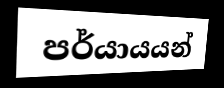
පර්යායයන්